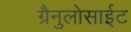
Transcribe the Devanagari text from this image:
ग्रैनुलोसाईट